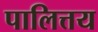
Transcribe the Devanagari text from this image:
पालित्तय